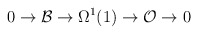
\begin{align*}0\rightarrow {\cal B} \rightarrow \Omega^1(1) \rightarrow {\cal O}\rightarrow 0\end{align*}